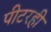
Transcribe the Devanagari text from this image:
पीटरही